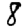
Digit: 8